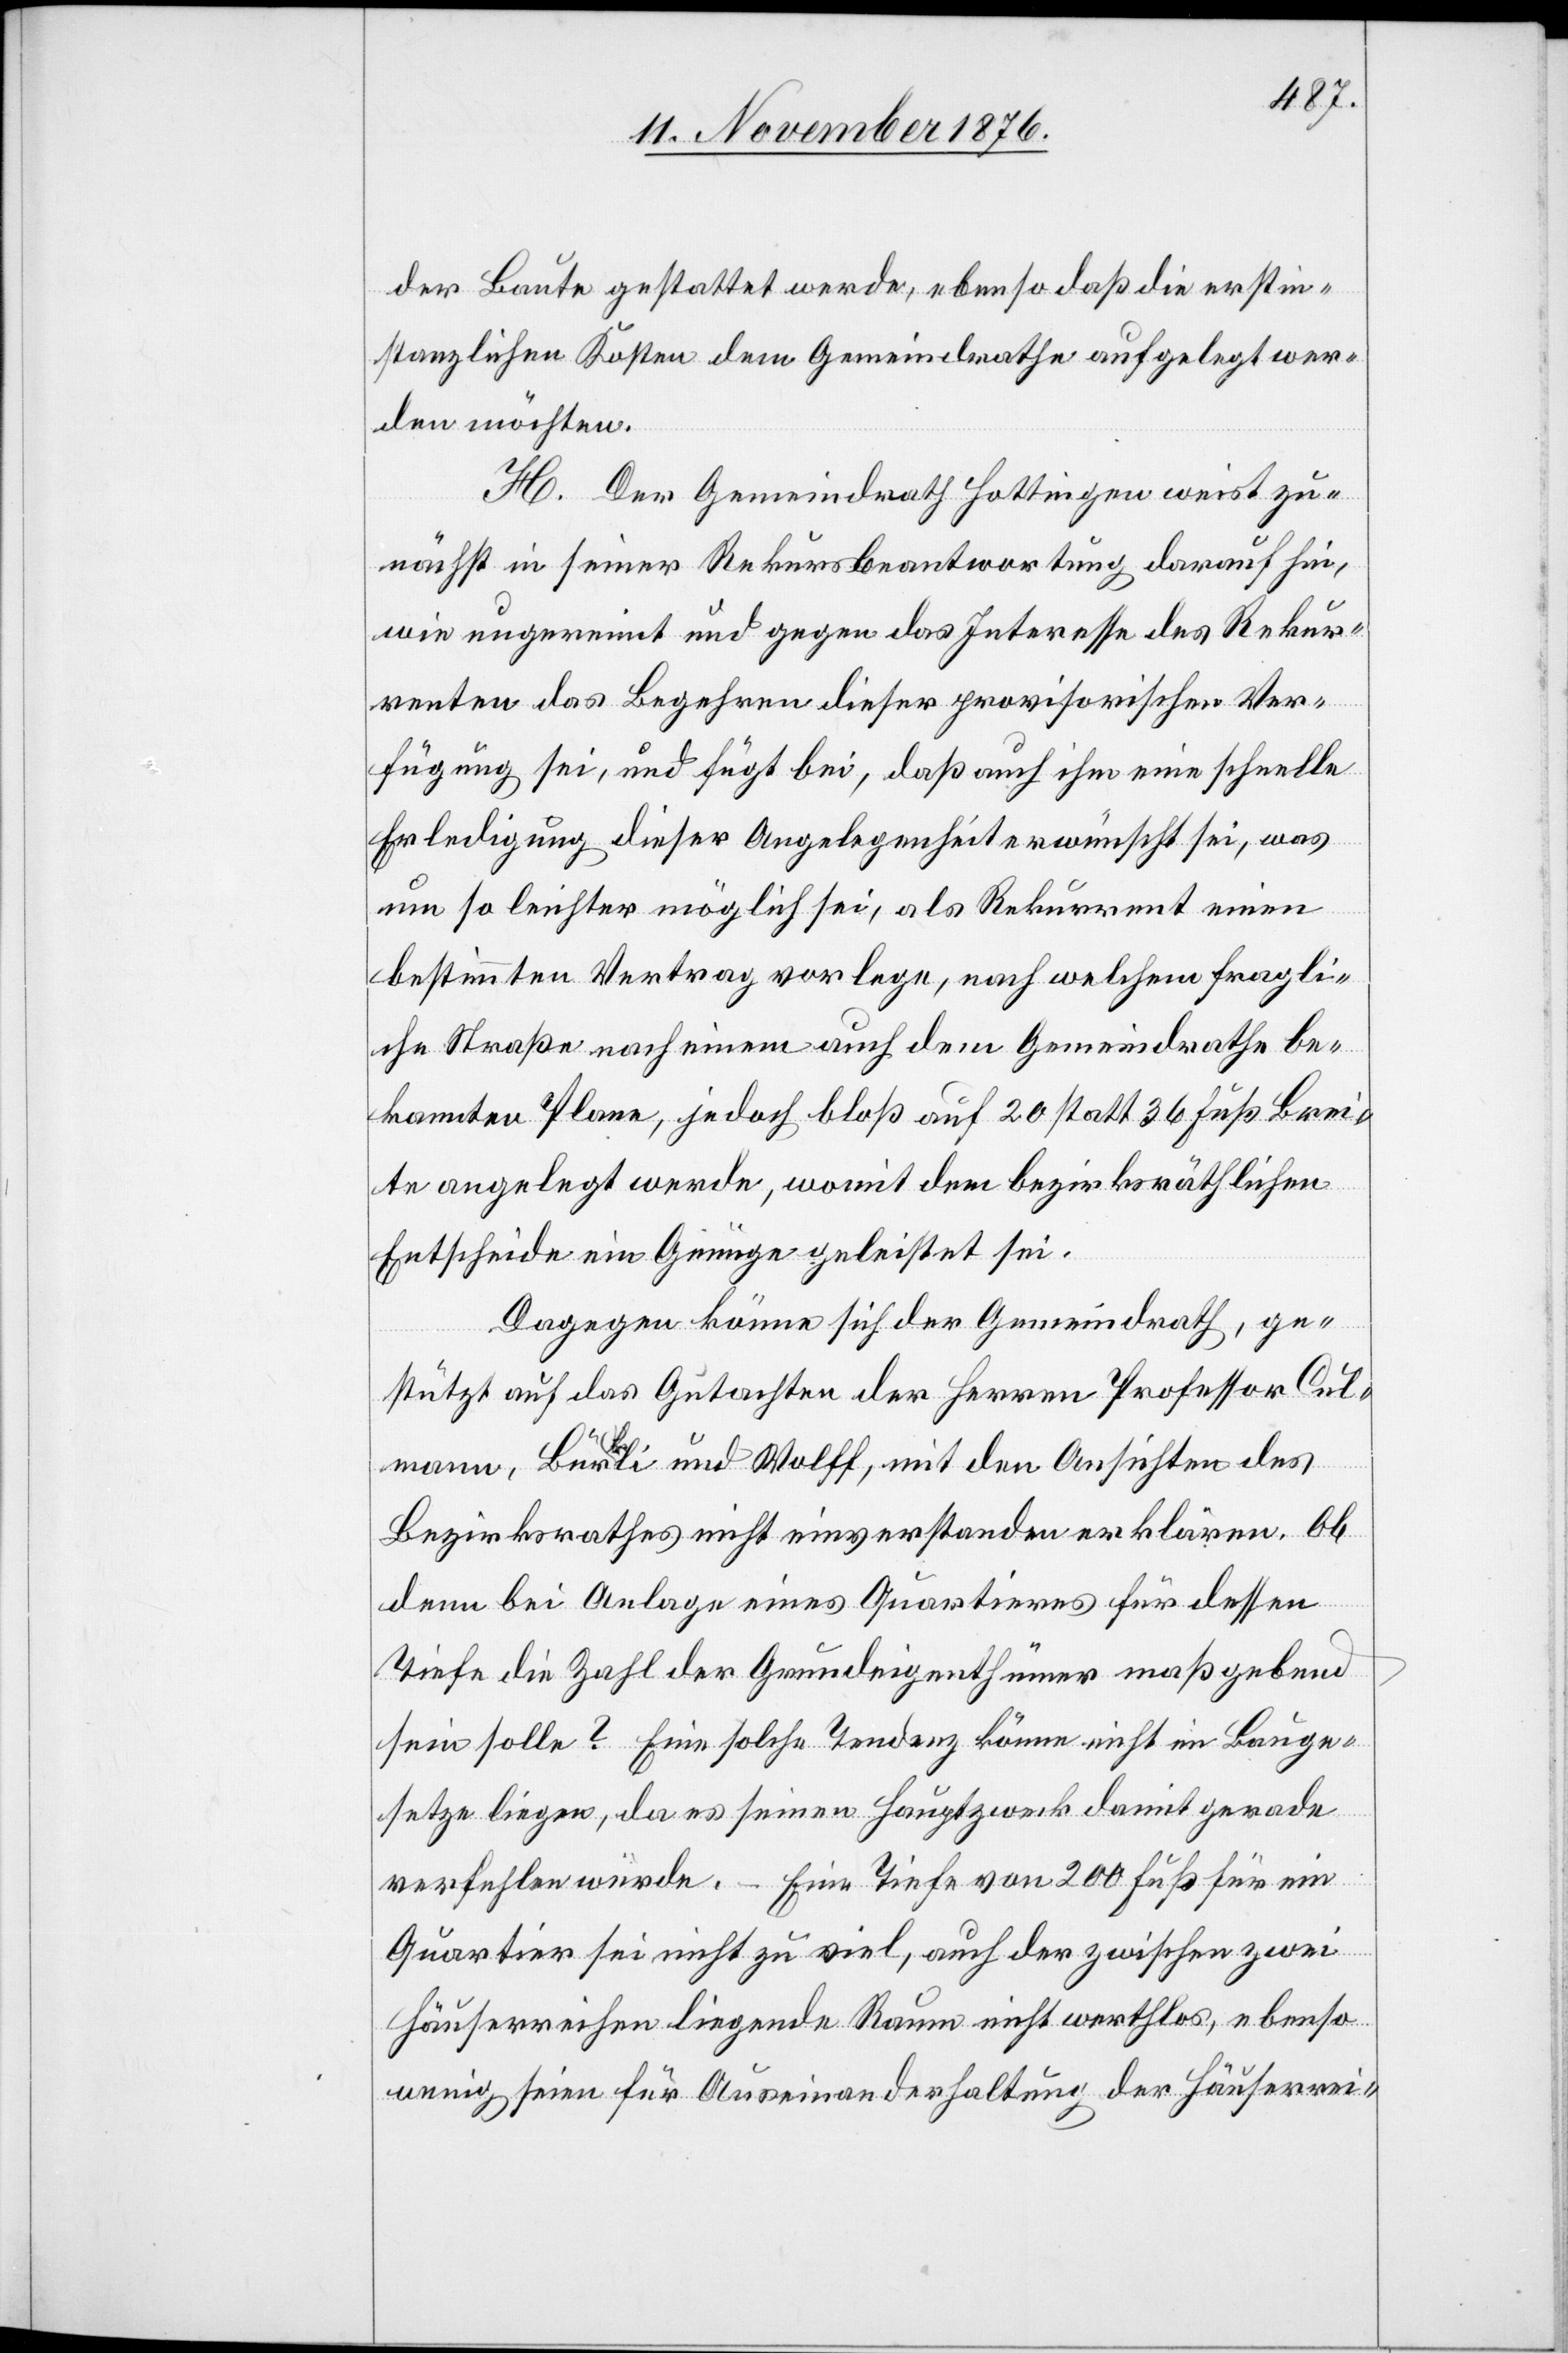
der Baute gestattet werde, ebenso daß die erstin¬
stanzlichen Kosten dem Gemeindrathe aufgelegt wer¬
den möchten.
H. Der Gemeindrath Hottingen weist zu¬
nächst in seiner Rekursbeantwortung darauf hin,
wie ungereimt und gegen das Interesse des Rekur¬
renten das Begehren dieser provisorischen Ver¬
fügung sei, und fügt bei, daß auch ihm eine schnelle
Erledigung dieser Angelegenheit erwünscht sei, was
um so leichter möglich sei, als Rekurrent einen
bestimmten Vertrag vorlege, nach welchem fragli¬
che Straße nach einem auch dem Gemeindrathe be¬
kannten Plane, jedoch bloß auf 20 statt 36 Fuß Brei¬
te angelegt werde, womit dem bezirksräthlichen
Entscheide ein Genüge geleistet sei.
Dagegen könne sich der Gemeindrath, ge¬
stützt auf das Gutachten der Herren Professor Cul¬
mann, Bürkli und Wolff, mit den Ansichten des
Bezirksrathes nicht einverstanden erklären. Ob
denn bei Anlage eines Quartieres für dessen
Tiefe die Zahl der Grundeigenthümer maßgebend
sein solle? Eine solche Tendenz könne nicht im Bauge¬
setze liegen, da es seinen Hauptzweck damit gerade
verfehlen würde. – Eine Tiefe von 200 Fuß für ein
Quartier sei nicht zu viel, auch der zwischen zwei
Häuserreihen liegende Raum nicht werthlos, ebenso
wenig seien für Auseinanderhaltung der Häuserrei-